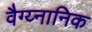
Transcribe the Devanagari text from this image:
वैग्य्नानिक